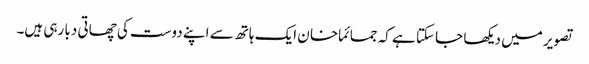
تصویر میں دیکھا جا سکتا ہے کہ جمائما خا ن ایک ہاتھ سے اپنے دوست کی چھاتی دبا رہی ہیں۔